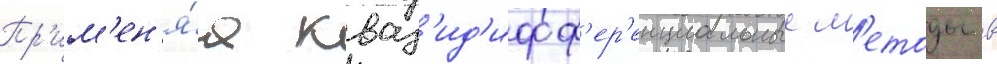
Пр'им'ен'я́я кваз'ид'ифф'ер'енциальные м'етоды в